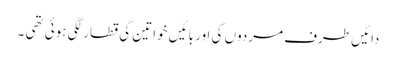
دائیں طرف مردوں کی اور بائیں خواتین کی قطار لگی ہوئی تھی ۔